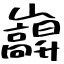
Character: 巐